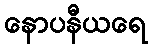
နောပနီယရေ